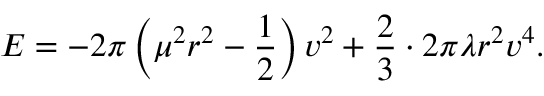
E = - 2 \pi \left( \mu ^ { 2 } r ^ { 2 } - \frac { 1 } { 2 } \right) v ^ { 2 } + \frac { 2 } { 3 } \cdot 2 \pi \lambda r ^ { 2 } v ^ { 4 } .